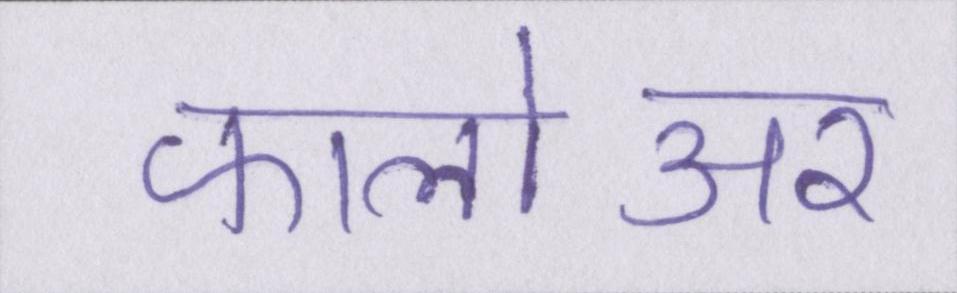
फालोअर